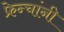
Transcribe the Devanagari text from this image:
फ्रेन्चांनी